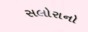
સલોરાનો